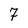
Character: 7